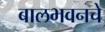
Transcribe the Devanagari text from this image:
बालभवनचे